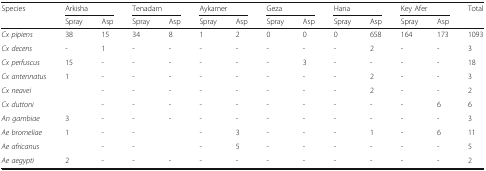
<table><thead><tr><td rowspan="2"><b>Species</b></td><td colspan="2"><b>Arkisha</b></td><td colspan="2"><b>Tenadam</b></td><td colspan="2"><b>Aykamer</b></td><td colspan="2"><b>Geza</b></td><td colspan="2"><b>Hana</b></td><td colspan="2"><b>Key Afer</b></td><td rowspan="2"><b>Total</b></td></tr><tr><td><b>Spray</b></td><td><b>Asp</b></td><td><b>Spray</b></td><td><b>Asp</b></td><td><b>Spray</b></td><td><b>Asp</b></td><td><b>Spray</b></td><td><b>Asp</b></td><td><b>Spray</b></td><td><b>Asp</b></td><td><b>Spray</b></td><td><b>Asp</b></td></tr></thead><tbody><tr><td><i>Cx pipiens</i></td><td>38</td><td>15</td><td>34</td><td>8</td><td>1</td><td>2</td><td>0</td><td>0</td><td>0</td><td>658</td><td>164</td><td>173</td><td>1093</td></tr><tr><td><i>Cx decens</i></td><td>-</td><td>1</td><td>-</td><td>-</td><td>-</td><td>-</td><td>-</td><td>-</td><td>-</td><td>2</td><td>-</td><td>-</td><td>3</td></tr><tr><td><i>Cx perfuscus</i></td><td>15</td><td>-</td><td>-</td><td>-</td><td>-</td><td>-</td><td>-</td><td>3</td><td>-</td><td>-</td><td>-</td><td>-</td><td>18</td></tr><tr><td><i>Cx antennatus</i></td><td>1</td><td>-</td><td>-</td><td>-</td><td>-</td><td>-</td><td>-</td><td>-</td><td>-</td><td>2</td><td>-</td><td>-</td><td>3</td></tr><tr><td><i>Cx neavei</i></td><td></td><td>-</td><td>-</td><td>-</td><td>-</td><td>-</td><td>-</td><td>-</td><td>-</td><td>2</td><td>-</td><td>-</td><td>2</td></tr><tr><td><i>Cx duttoni</i></td><td></td><td>-</td><td>-</td><td>-</td><td>-</td><td>-</td><td>-</td><td>-</td><td>-</td><td>-</td><td>-</td><td>6</td><td>6</td></tr><tr><td><i>An gambiae</i></td><td>3</td><td>-</td><td>-</td><td>-</td><td>-</td><td>-</td><td>-</td><td>-</td><td>-</td><td>-</td><td>-</td><td>-</td><td>3</td></tr><tr><td><i>Ae bromeliae</i></td><td>1</td><td>-</td><td>-</td><td></td><td>-</td><td>3</td><td>-</td><td>-</td><td>-</td><td>1</td><td>-</td><td>6</td><td>11</td></tr><tr><td><i>Ae africanus</i></td><td></td><td>-</td><td>-</td><td></td><td>-</td><td>5</td><td>-</td><td>-</td><td>-</td><td>-</td><td>-</td><td>-</td><td>5</td></tr><tr><td><i>Ae aegypti</i></td><td>2</td><td>-</td><td>-</td><td>-</td><td>-</td><td>-</td><td>-</td><td>-</td><td>-</td><td>-</td><td>-</td><td>-</td><td>2</td></tr></tbody></table>